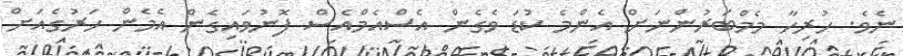
ނެވެ. ހުރިހާ މެމްބަރުންނަށް އެންމެ ކުޑަ ވެގެން އެސްއެމްއެސް ފޮނުވައިގެން އެމެން ހަރުގެއަށް